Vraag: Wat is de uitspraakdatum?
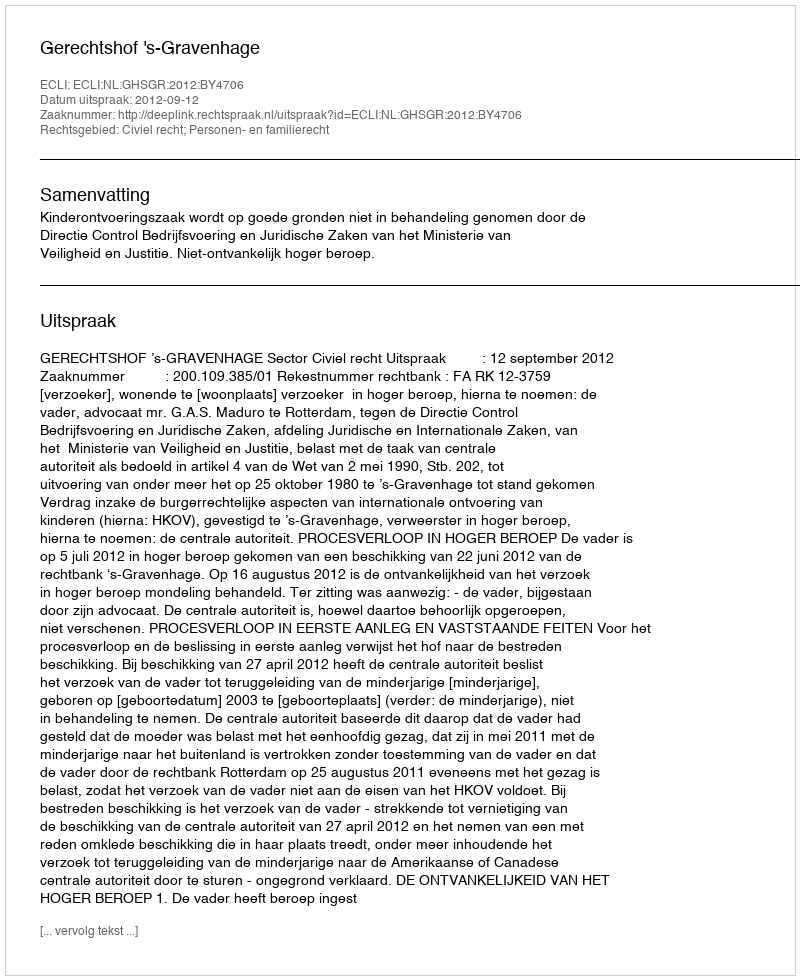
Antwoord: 2012-09-12